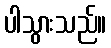
ပါသွားသည်။